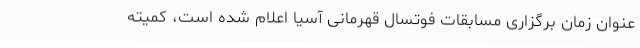
عنوان زمان برگزاری مسابقات فوتسال قهرمانی آسیا اعلام شده است، کمیته